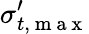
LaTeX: \sigma_{t,\mathrm{~m~a~x~}}^{\prime}